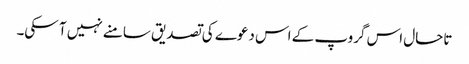
تاحال اس گروپ کے اس دعوے کی تصدیق سامنے نہیں آ سکی۔